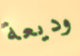
وديعة